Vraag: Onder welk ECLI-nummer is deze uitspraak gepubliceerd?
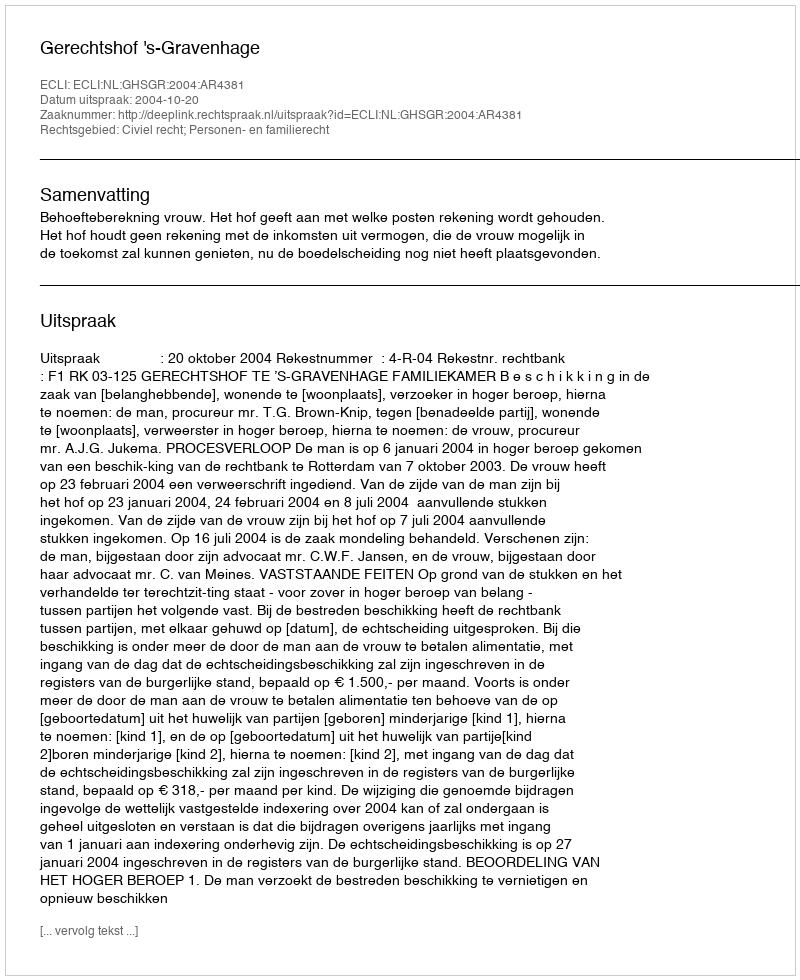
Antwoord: ECLI:NL:GHSGR:2004:AR4381